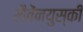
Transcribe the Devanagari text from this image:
लैवेंनयुस्की